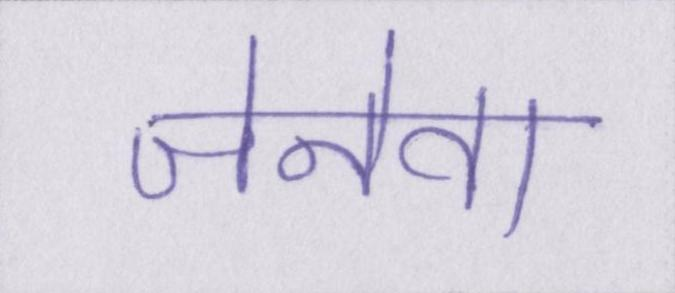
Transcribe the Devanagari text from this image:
जेनेवा